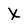
Character: X